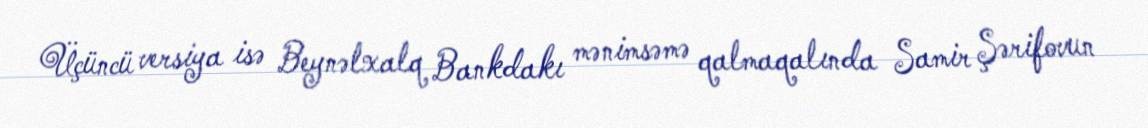
Üçüncü versiya isə Beynəlxalq Bankdakı mənimsəmə qalmaqalında Samir Şərifovun